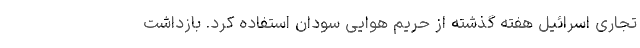
تجاری اسرائیل هفته گذشته از حریم هوایی سودان استفاده کرد. بازداشت